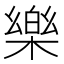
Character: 樂